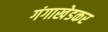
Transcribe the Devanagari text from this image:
गंगाखेडकर